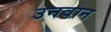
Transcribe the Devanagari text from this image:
उनवान